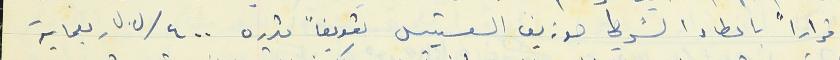
قراراً باعطاء الشرطي جوزيف القسيس تعويضاً قدره ٤٠٠ /ل.ل ربعماية